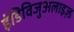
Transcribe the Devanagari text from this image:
इंडिविजुअलाइज़्ड